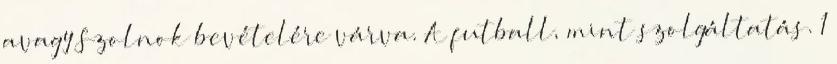
avagy Szolnok bevételére várva. A futball, mint szolgáltatás. 1